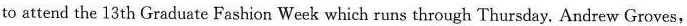
to attend the 13th Graduate Fashion Week which runs through Thursday. Andrew Groves,